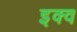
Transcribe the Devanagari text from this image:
इक्व